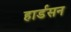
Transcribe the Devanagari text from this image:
हार्डसन